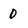
Character: 0